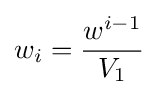
w_{i}={\frac {w^{i-1}}{V_{1}}}